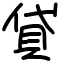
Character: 貸